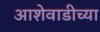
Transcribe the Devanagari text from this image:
आशेवाडीच्या